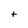
Character: t